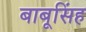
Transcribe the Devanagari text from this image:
बाबूसिंह